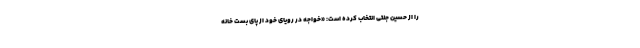
را از حسین جنتی انتخاب کرده است: «خواجه در رویای خود از پای بست خانه